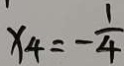
x _ { 4 } = - \frac { 1 } { 4 }